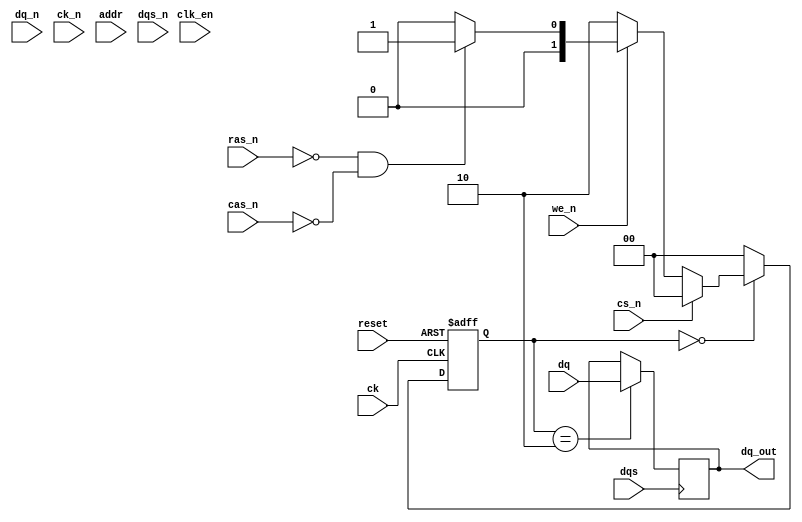
module gddr6_io_block (
    input wire [DQ_WIDTH-1:0] dq,         // Data lines: DQ0-DQn
    input wire [DQ_WIDTH-1:0] dq_n,       // Inverted data lines
    input wire ck,                         // Clock signal
    input wire ck_n,                       // Inverted clock signal
    input wire cs_n,                       // Chip Select (Active Low)
    input wire ras_n,                      // Row Address Strobe
    input wire cas_n,                      // Column Address Strobe
    input wire we_n,                       // Write Enable (Active Low)
    input wire [ADDRESS_WIDTH-1:0] addr,  // Address lines
    input wire dqs,                        // Data Strobe
    input wire dqs_n,                      // Inverted Data Strobe
    input wire clk_en,                     // Clock enable
    input wire reset,                      // Reset signal
    output reg [DQ_WIDTH-1:0] dq_out      // Output data
);

parameter DQ_WIDTH = 16;                  // Number of data lines
parameter ADDRESS_WIDTH = 12;             // Address width
parameter IDLE = 2'b00;                   // FSM states
parameter READ = 2'b01;
parameter WRITE = 2'b10;

reg [1:0] state, next_state;              // FSM state and next state

// FSM for command processing
always @(posedge ck or posedge reset) begin
    if (reset) begin
        state <= IDLE;
    end else begin
        state <= next_state;
    end
end

always @(*) begin
    case (state)
        IDLE: begin
            if (!cs_n) begin                   // If chip is selected
                if (!we_n) 
                    next_state = WRITE;       // Write operation
                else if (!ras_n && !cas_n)  
                    next_state = READ;        // Read operation
                else 
                    next_state = IDLE;        // Stay in idle
            end else
                next_state = IDLE;            // Chip not selected
        end
        READ: begin
            // Add read functionality here
            next_state = IDLE;                // Go back to idle after read
        end
        WRITE: begin
            // Add write functionality here
            next_state = IDLE;                // Go back to idle after write
        end
        default: next_state = IDLE;
    endcase
end

// Example of data handling (to be extended)
always @(posedge dqs) begin
    if (state == WRITE) begin
        dq_out <= dq;                      // Capture data on write
    end
end

// Include Power management, ECC, initialization, etc.

endmodule